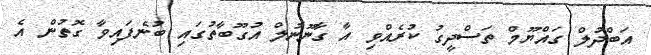
އަބްދުލް ގައްޔޫމް ތަސްދީގު ކުރެއްވި އާ ގާނޫނުލް އުގޫބާތުގައި ބުނެފައިވާ ގޮތުން އެ